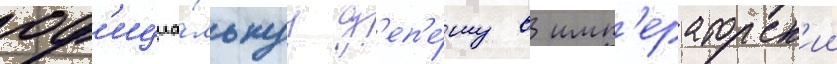
оф'ициа́льнуу д'еп'е́шу в имп'ераторск'ии